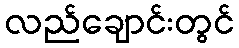
လည်ချောင်းတွင်